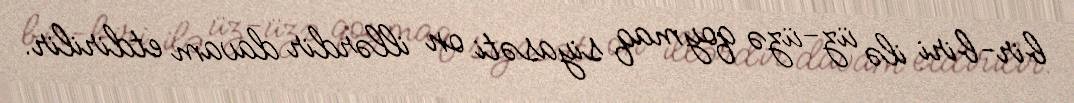
bir-biri ilə üz-üzə qoymaq siyasəti on illərdir davam etdirilir.